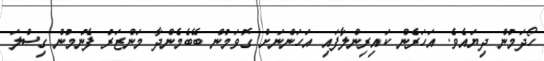
ހޯދަމުން ދިޔައެވެ. އަހަރެން ކައިރިންލާފައި އަހަންނަށް ގޮވަމުން ބޭބެމެންދާ މަންޒަރު ފެނުމުން ގިސްލަ